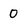
Character: 0